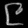
Digit: ၉